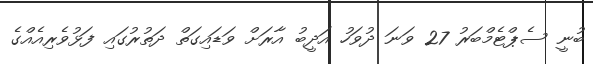
ބުނީ ސެޕްޓެމްބަރު 27 ވަނަ ދުވަހު އަދީބު އާރަށް ވަޑައިގަތް ދަތުރުގައި ފަޅުވެރިއެއްގެ